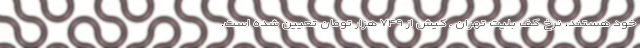
خود هستند، نرخ کف بلیت تهران ـ کیش از ۷۴۹ هزار تومان تعیین شده است.